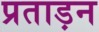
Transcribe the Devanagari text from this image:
प्रताड़न